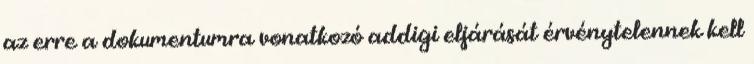
az erre a dokumentumra vonatkozó addigi eljárását érvénytelennek kell